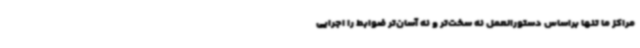
مراکز ما تنها براساس دستورالعمل نه سخت‌تر و نه آسان‌تر ضوابط را اجرایی